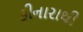
કીનારાથી